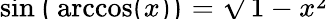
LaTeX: \smash{\sin\big(\operatorname{arccos}(x)\big)}=\smash{\sqrt{1-x^{2}}}